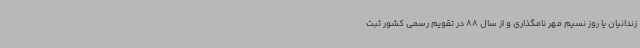
زندانیان یا روز نسیم مهر نامگذاری و از سال 88 در تقویم رسمی کشور ثبت